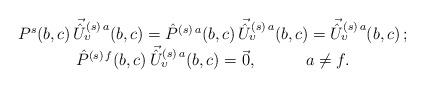
LaTeX: \begin{align*}\begin{array}{c}P^s(b,c)\, \vec{\hat U}^{(s)\,a}_{\upsilon}(b,c)= \hat P^{(s)\,a}(b,c)\, \vec{\hat U}^{(s)\,a}_{\upsilon}(b,c)=\vec{\hat U}^{(s)\,a}_{\upsilon}(b,c)\, ;\\\hat P^{(s)\,f}(b,c)\, \vec{\hat U}^{(s)\,a}_{\upsilon}(b,c)=\vec 0,\qquad\quad a\neq f.\end{array}\end{align*}